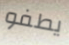
يطفو